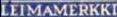
LEIMAMERKKI